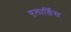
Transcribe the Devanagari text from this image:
एलार्डिस